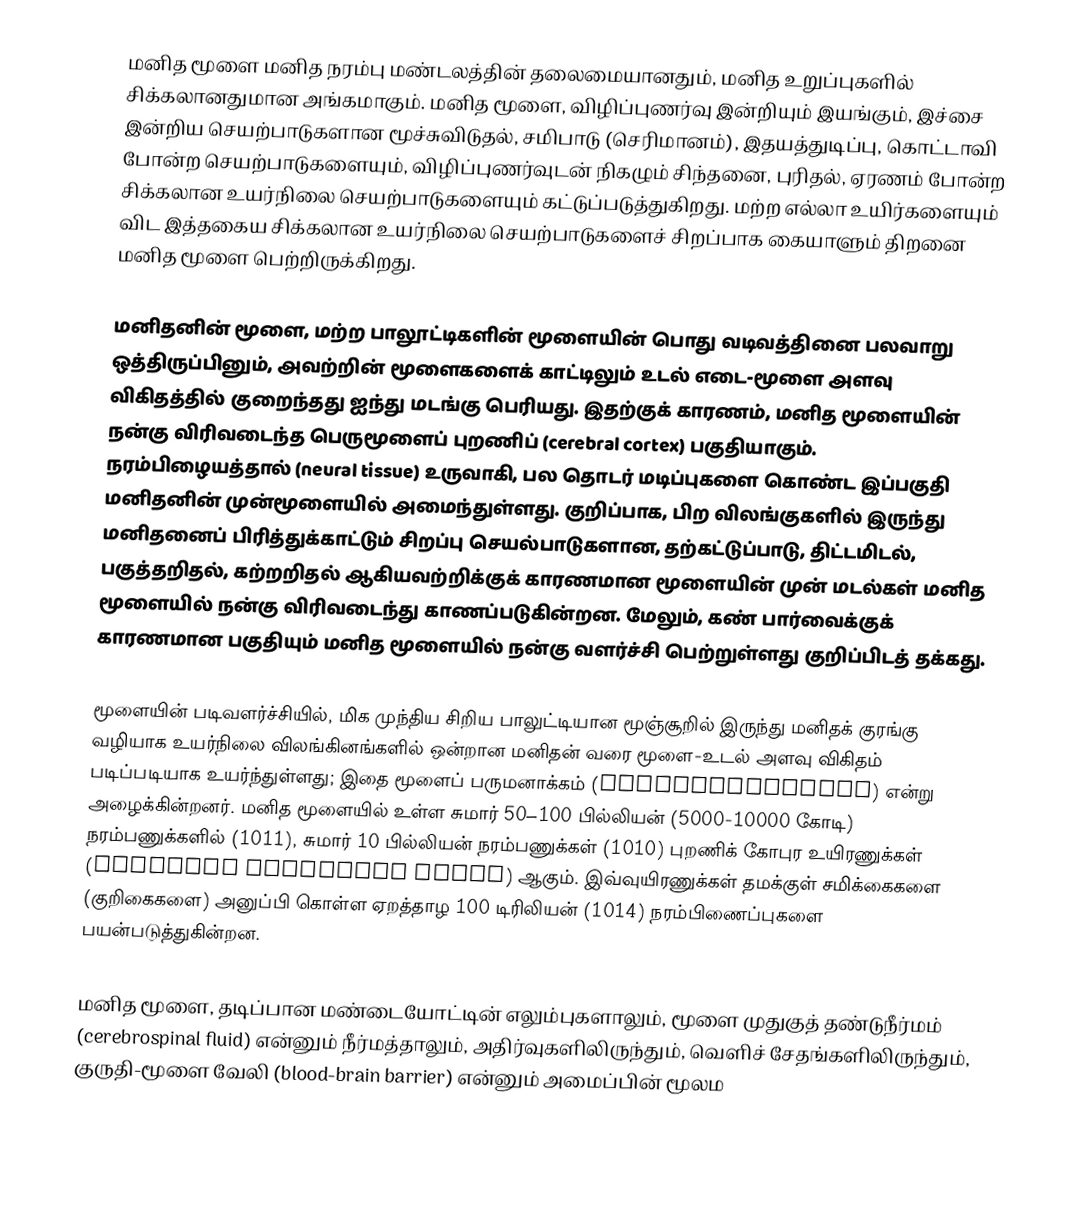
மனித மூளை மனித நரம்பு மண்டலத்தின் தலைமையானதும், மனித உறுப்புகளில் சிக்கலானதுமான அங்கமாகும். மனித மூளை, விழிப்புணர்வு இன்றியும் இயங்கும், இச்சை இன்றிய செயற்பாடுகளான மூச்சுவிடுதல், சமிபாடு (செரிமானம்), இதயத்துடிப்பு, கொட்டாவி போன்ற செயற்பாடுகளையும், விழிப்புணர்வுடன் நிகழும் சிந்தனை, புரிதல், ஏரணம் போன்ற சிக்கலான உயர்நிலை செயற்பாடுகளையும் கட்டுப்படுத்துகிறது. மற்ற எல்லா உயிர்களையும் விட இத்தகைய சிக்கலான உயர்நிலை செயற்பாடுகளைச் சிறப்பாக கையாளும் திறனை மனித மூளை பெற்றிருக்கிறது.

மனிதனின் மூளை, மற்ற பாலூட்டிகளின் மூளையின் பொது வடிவத்தினை பலவாறு ஒத்திருப்பினும், அவற்றின் மூளைகளைக் காட்டிலும் உடல் எடை-மூளை அளவு விகிதத்தில் குறைந்தது ஐந்து மடங்கு பெரியது.  இதற்குக் காரணம், மனித மூளையின் நன்கு விரிவடைந்த பெருமூளைப் புறணிப் (cerebral cortex) பகுதியாகும். நரம்பிழையத்தால் (neural tissue) உருவாகி, பல தொடர் மடிப்புகளை கொண்ட இப்பகுதி மனிதனின் முன்மூளையில் அமைந்துள்ளது. குறிப்பாக, பிற விலங்குகளில் இருந்து மனிதனைப் பிரித்துக்காட்டும் சிறப்பு செயல்பாடுகளான, தற்கட்டுப்பாடு, திட்டமிடல், பகுத்தறிதல், கற்றறிதல் ஆகியவற்றிக்குக் காரணமான மூளையின் முன் மடல்கள் மனித மூளையில் நன்கு விரிவடைந்து காணப்படுகின்றன. மேலும், கண் பார்வைக்குக் காரணமான பகுதியும் மனித மூளையில் நன்கு வளர்ச்சி பெற்றுள்ளது குறிப்பிடத் தக்கது.

மூளையின் படிவளர்ச்சியில், மிக முந்திய சிறிய பாலுட்டியான மூஞ்சூறில் இருந்து மனிதக் குரங்கு வழியாக உயர்நிலை விலங்கினங்களில் ஒன்றான மனிதன் வரை மூளை-உடல் அளவு விகிதம் படிப்படியாக உயர்ந்துள்ளது; இதை மூளைப் பருமனாக்கம் (encephalisation) என்று அழைக்கின்றனர். மனித மூளையில் உள்ள சுமார் 50–100 பில்லியன் (5000-10000 கோடி) நரம்பணுக்களில் (1011), சுமார் 10 பில்லியன் நரம்பணுக்கள் (1010) புறணிக் கோபுர உயிரணுக்கள் (cortical pyramidal cells) ஆகும். இவ்வுயிரணுக்கள் தமக்குள் சமிக்கைகளை (குறிகைகளை) அனுப்பி கொள்ள ஏறத்தாழ 100 டிரிலியன் (1014)  நரம்பிணைப்புகளை பயன்படுத்துகின்றன.

மனித மூளை, தடிப்பான மண்டையோட்டின் எலும்புகளாலும், மூளை முதுகுத் தண்டுநீர்மம் (cerebrospinal fluid) என்னும் நீர்மத்தாலும், அதிர்வுகளிலிருந்தும், வெளிச் சேதங்களிலிருந்தும், குருதி-மூளை வேலி (blood-brain barrier) என்னும் அமைப்பின் மூலம